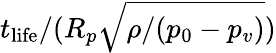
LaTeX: t_{\mathrm{life}}/(R_{p}\sqrt{\rho/(p_{0}-p_{v})})